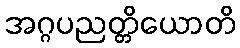
အဂ္ဂပညတ္တိယောတိ